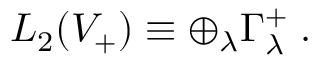
L _ { 2 } ( V _ { + } ) \equiv \oplus _ { \lambda } \Gamma _ { \lambda } ^ { + } \; .